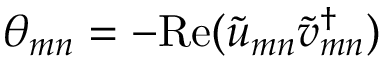
\theta _ { m n } = - \mathrm { R e } ( \widetilde { u } _ { m n } \widetilde { v } _ { m n } ^ { \dag } )